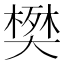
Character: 𫯹